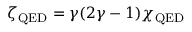
\zeta _ { \mathrm { Q E D } } = \gamma ( 2 \gamma - 1 ) \chi _ { \mathrm { Q E D } }